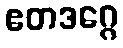
ဧတဒဂ္ဂေ